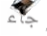
جاء